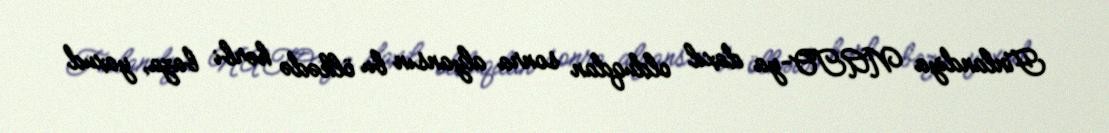
Finlandiya NATO-ya daxil olduqdan sonra alyansın bu ölkədə hərbi baza, yaxud